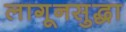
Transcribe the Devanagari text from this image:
लागूनसुद्धा